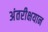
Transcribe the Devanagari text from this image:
अंतरीक्षयान